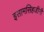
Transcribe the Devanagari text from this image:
इसामसिहजीनी